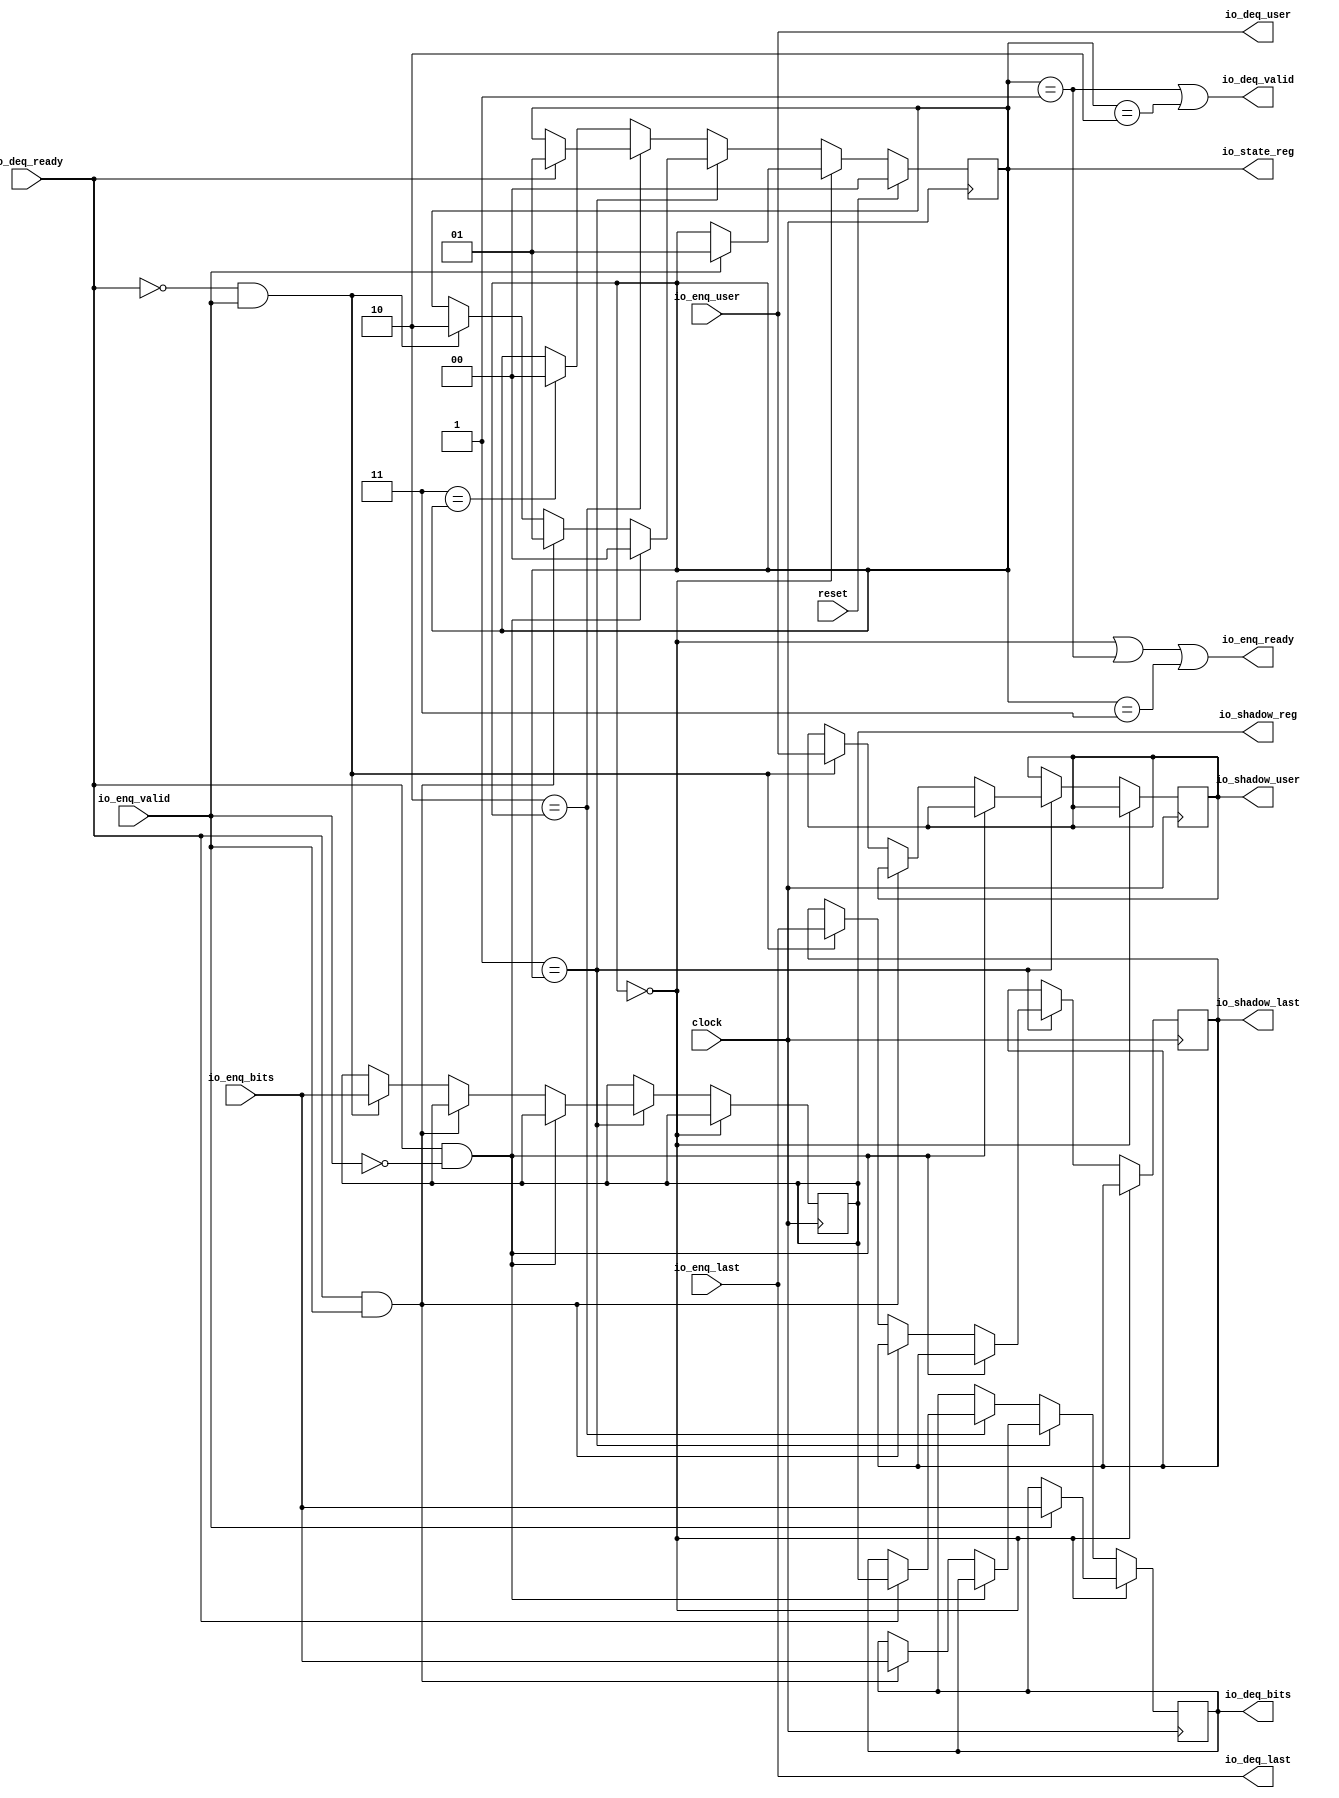
// axi4.ImProcMain1025428811
// 2020/11/20 18:55

module NothingOneFilter(
  input         clock,
  input         reset,
  output        io_enq_ready,
  input         io_enq_valid,
  input  [23:0] io_enq_bits,
  input         io_enq_user,
  input         io_enq_last,
  input         io_deq_ready,
  output        io_deq_valid,
  output [23:0] io_deq_bits,
  output        io_deq_user,
  output        io_deq_last,
  output [1:0]  io_state_reg,
  output [23:0] io_shadow_reg,
  output        io_shadow_user,
  output        io_shadow_last
);
`ifdef RANDOMIZE_REG_INIT
  reg [31:0] _RAND_0;
  reg [31:0] _RAND_1;
  reg [31:0] _RAND_2;
  reg [31:0] _RAND_3;
  reg [31:0] _RAND_4;
`endif // RANDOMIZE_REG_INIT
  reg [1:0] stateReg; // @[ChiselImProc.scala 49:28]
  reg [23:0] dataReg; // @[ChiselImProc.scala 51:23]
  reg [23:0] shadowReg; // @[ChiselImProc.scala 53:25]
  reg  shadowUserReg; // @[ChiselImProc.scala 55:29]
  reg  shadowLastReg; // @[ChiselImProc.scala 57:29]
  wire  _T = 2'h0 == stateReg; // @[Conditional.scala 37:30]
  wire  _T_1 = 2'h1 == stateReg; // @[Conditional.scala 37:30]
  wire  _T_2 = ~io_enq_valid; // @[ChiselImProc.scala 69:35]
  wire  _T_3 = io_deq_ready & _T_2; // @[ChiselImProc.scala 69:32]
  wire  _T_4 = io_deq_ready & io_enq_valid; // @[ChiselImProc.scala 72:38]
  wire  _T_5 = ~io_deq_ready; // @[ChiselImProc.scala 77:25]
  wire  _T_6 = _T_5 & io_enq_valid; // @[ChiselImProc.scala 77:39]
  wire  _T_7 = 2'h2 == stateReg; // @[Conditional.scala 37:30]
  wire  _T_8 = 2'h3 == stateReg; // @[Conditional.scala 37:30]
  wire  _T_9 = stateReg == 2'h0; // @[ChiselImProc.scala 101:31]
  wire  _T_10 = stateReg == 2'h1; // @[ChiselImProc.scala 101:53]
  wire  _T_11 = _T_9 | _T_10; // @[ChiselImProc.scala 101:41]
  wire  _T_12 = stateReg == 2'h3; // @[ChiselImProc.scala 101:73]
  wire  _T_15 = stateReg == 2'h2; // @[ChiselImProc.scala 102:51]
  assign io_enq_ready = _T_11 | _T_12; // @[ChiselImProc.scala 101:18]
  assign io_deq_valid = _T_10 | _T_15; // @[ChiselImProc.scala 102:18]
  assign io_deq_bits = dataReg; // @[ChiselImProc.scala 122:17]
  assign io_deq_user = io_enq_user; // @[ChiselImProc.scala 37:17 ChiselImProc.scala 116:17]
  assign io_deq_last = io_enq_last; // @[ChiselImProc.scala 36:17 ChiselImProc.scala 115:17]
  assign io_state_reg = stateReg; // @[ChiselImProc.scala 104:18]
  assign io_shadow_reg = shadowReg; // @[ChiselImProc.scala 105:19]
  assign io_shadow_user = shadowUserReg; // @[ChiselImProc.scala 106:20]
  assign io_shadow_last = shadowLastReg; // @[ChiselImProc.scala 107:20]
`ifdef RANDOMIZE_GARBAGE_ASSIGN
`define RANDOMIZE
`endif
`ifdef RANDOMIZE_INVALID_ASSIGN
`define RANDOMIZE
`endif
`ifdef RANDOMIZE_REG_INIT
`define RANDOMIZE
`endif
`ifdef RANDOMIZE_MEM_INIT
`define RANDOMIZE
`endif
`ifndef RANDOM
`define RANDOM $random
`endif
`ifdef RANDOMIZE_MEM_INIT
  integer initvar;
`endif
`ifndef SYNTHESIS
`ifdef FIRRTL_BEFORE_INITIAL
`FIRRTL_BEFORE_INITIAL
`endif
initial begin
  `ifdef RANDOMIZE
    `ifdef INIT_RANDOM
      `INIT_RANDOM
    `endif
    `ifndef VERILATOR
      `ifdef RANDOMIZE_DELAY
        #`RANDOMIZE_DELAY begin end
      `else
        #0.002 begin end
      `endif
    `endif
`ifdef RANDOMIZE_REG_INIT
  _RAND_0 = {1{`RANDOM}};
  stateReg = _RAND_0[1:0];
  _RAND_1 = {1{`RANDOM}};
  dataReg = _RAND_1[23:0];
  _RAND_2 = {1{`RANDOM}};
  shadowReg = _RAND_2[23:0];
  _RAND_3 = {1{`RANDOM}};
  shadowUserReg = _RAND_3[0:0];
  _RAND_4 = {1{`RANDOM}};
  shadowLastReg = _RAND_4[0:0];
`endif // RANDOMIZE_REG_INIT
  `endif // RANDOMIZE
end // initial
`ifdef FIRRTL_AFTER_INITIAL
`FIRRTL_AFTER_INITIAL
`endif
`endif // SYNTHESIS
  always @(posedge clock) begin
    if (reset) begin
      stateReg <= 2'h0;
    end else if (_T) begin
      if (io_enq_valid) begin
        stateReg <= 2'h1;
      end
    end else if (_T_1) begin
      if (_T_3) begin
        stateReg <= 2'h0;
      end else if (_T_4) begin
        stateReg <= 2'h1;
      end else if (_T_6) begin
        stateReg <= 2'h2;
      end
    end else if (_T_7) begin
      if (io_deq_ready) begin
        stateReg <= 2'h1;
      end
    end else if (_T_8) begin
      stateReg <= 2'h0;
    end
    if (_T) begin
      if (io_enq_valid) begin
        dataReg <= io_enq_bits;
      end
    end else if (_T_1) begin
      if (!(_T_3)) begin
        if (_T_4) begin
          dataReg <= io_enq_bits;
        end
      end
    end else if (_T_7) begin
      if (io_deq_ready) begin
        dataReg <= shadowReg;
      end
    end
    if (!(_T)) begin
      if (_T_1) begin
        if (!(_T_3)) begin
          if (!(_T_4)) begin
            if (_T_6) begin
              shadowReg <= io_enq_bits;
            end
          end
        end
      end
    end
    if (!(_T)) begin
      if (_T_1) begin
        if (!(_T_3)) begin
          if (!(_T_4)) begin
            if (_T_6) begin
              shadowUserReg <= io_enq_user;
            end
          end
        end
      end
    end
    if (!(_T)) begin
      if (_T_1) begin
        if (!(_T_3)) begin
          if (!(_T_4)) begin
            if (_T_6) begin
              shadowLastReg <= io_enq_last;
            end
          end
        end
      end
    end
  end
endmodule
module ChiselImProcOneFilter(
  input         clock,
  input         reset,
  output        io_enq_ready,
  input         io_enq_valid,
  input  [23:0] io_enq_bits,
  input         io_enq_user,
  input         io_enq_last,
  input         io_deq_ready,
  output        io_deq_valid,
  output [23:0] io_deq_bits,
  output        io_deq_user,
  output        io_deq_last,
  output [1:0]  io_state_reg,
  output [23:0] io_shadow_reg,
  output        io_shadow_user,
  output        io_shadow_last
);
  wire  NothingOneFilter_clock; // @[ChiselImProc.scala 242:47]
  wire  NothingOneFilter_reset; // @[ChiselImProc.scala 242:47]
  wire  NothingOneFilter_io_enq_ready; // @[ChiselImProc.scala 242:47]
  wire  NothingOneFilter_io_enq_valid; // @[ChiselImProc.scala 242:47]
  wire [23:0] NothingOneFilter_io_enq_bits; // @[ChiselImProc.scala 242:47]
  wire  NothingOneFilter_io_enq_user; // @[ChiselImProc.scala 242:47]
  wire  NothingOneFilter_io_enq_last; // @[ChiselImProc.scala 242:47]
  wire  NothingOneFilter_io_deq_ready; // @[ChiselImProc.scala 242:47]
  wire  NothingOneFilter_io_deq_valid; // @[ChiselImProc.scala 242:47]
  wire [23:0] NothingOneFilter_io_deq_bits; // @[ChiselImProc.scala 242:47]
  wire  NothingOneFilter_io_deq_user; // @[ChiselImProc.scala 242:47]
  wire  NothingOneFilter_io_deq_last; // @[ChiselImProc.scala 242:47]
  wire [1:0] NothingOneFilter_io_state_reg; // @[ChiselImProc.scala 242:47]
  wire [23:0] NothingOneFilter_io_shadow_reg; // @[ChiselImProc.scala 242:47]
  wire  NothingOneFilter_io_shadow_user; // @[ChiselImProc.scala 242:47]
  wire  NothingOneFilter_io_shadow_last; // @[ChiselImProc.scala 242:47]
  NothingOneFilter NothingOneFilter ( // @[ChiselImProc.scala 242:47]
    .clock(NothingOneFilter_clock),
    .reset(NothingOneFilter_reset),
    .io_enq_ready(NothingOneFilter_io_enq_ready),
    .io_enq_valid(NothingOneFilter_io_enq_valid),
    .io_enq_bits(NothingOneFilter_io_enq_bits),
    .io_enq_user(NothingOneFilter_io_enq_user),
    .io_enq_last(NothingOneFilter_io_enq_last),
    .io_deq_ready(NothingOneFilter_io_deq_ready),
    .io_deq_valid(NothingOneFilter_io_deq_valid),
    .io_deq_bits(NothingOneFilter_io_deq_bits),
    .io_deq_user(NothingOneFilter_io_deq_user),
    .io_deq_last(NothingOneFilter_io_deq_last),
    .io_state_reg(NothingOneFilter_io_state_reg),
    .io_shadow_reg(NothingOneFilter_io_shadow_reg),
    .io_shadow_user(NothingOneFilter_io_shadow_user),
    .io_shadow_last(NothingOneFilter_io_shadow_last)
  );
  assign io_enq_ready = NothingOneFilter_io_enq_ready; // @[ChiselImProc.scala 249:12]
  assign io_deq_valid = NothingOneFilter_io_deq_valid; // @[ChiselImProc.scala 251:12]
  assign io_deq_bits = NothingOneFilter_io_deq_bits; // @[ChiselImProc.scala 251:12]
  assign io_deq_user = NothingOneFilter_io_deq_user; // @[ChiselImProc.scala 251:12]
  assign io_deq_last = NothingOneFilter_io_deq_last; // @[ChiselImProc.scala 251:12]
  assign io_state_reg = NothingOneFilter_io_state_reg; // @[ChiselImProc.scala 253:18]
  assign io_shadow_reg = NothingOneFilter_io_shadow_reg; // @[ChiselImProc.scala 254:19]
  assign io_shadow_user = NothingOneFilter_io_shadow_user; // @[ChiselImProc.scala 255:20]
  assign io_shadow_last = NothingOneFilter_io_shadow_last; // @[ChiselImProc.scala 256:20]
  assign NothingOneFilter_clock = clock;
  assign NothingOneFilter_reset = reset;
  assign NothingOneFilter_io_enq_valid = io_enq_valid; // @[ChiselImProc.scala 249:12]
  assign NothingOneFilter_io_enq_bits = io_enq_bits; // @[ChiselImProc.scala 249:12]
  assign NothingOneFilter_io_enq_user = io_enq_user; // @[ChiselImProc.scala 249:12]
  assign NothingOneFilter_io_enq_last = io_enq_last; // @[ChiselImProc.scala 249:12]
  assign NothingOneFilter_io_deq_ready = io_deq_ready; // @[ChiselImProc.scala 251:12]
endmodule